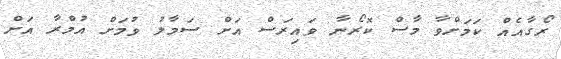
ރޯގާއެއް ކަމަށްވާ މާސް ކޮރޯނާ ވައިރަސް އަށް ސަމާލު ވުމަށް އުމްރާ އަށް